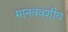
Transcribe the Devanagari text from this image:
मानववंशीय